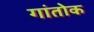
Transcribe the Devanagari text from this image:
गांतोक